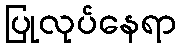
ပြုလုပ်နေရာ